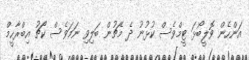
އަންހެން ވޮލީބޯޅަ ޓީމްވެސް ކުޅުނު ދެ މެޗުން ބަލިވި ނަމަވެސް ކޯޗު އިބްރާހީމް